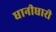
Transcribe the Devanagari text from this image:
धानीधारी